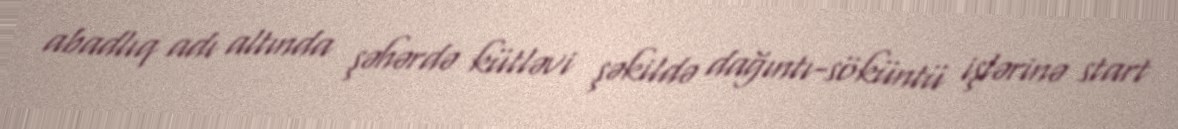
abadlıq adı altında şəhərdə kütləvi şəkildə dağıntı-söküntü işlərinə start